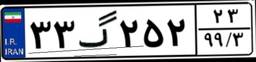
۷۸گ۱۰۴۱۰